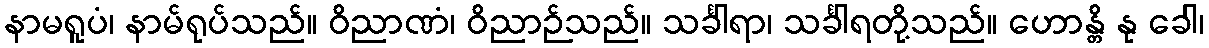
နာမရူပံ၊ နာမ်ရုပ်သည်။ ဝိညာဏံ၊ ဝိညာဉ်သည်။ သင်္ခါရာ၊ သင်္ခါရတို့သည်။ ဟောန္တိ နု ခေါ၊